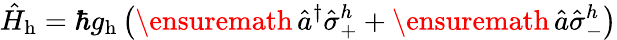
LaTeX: \hat{H}_{\mathrm{h}}=\hbar g_{\mathrm{h}}\left(\ensuremath{{\, \hat{a}^{\dagger}}}\hat{\sigma}_{+}^{h}+\ensuremath{\, \hat{a}}\hat{\sigma}_{-}^{h}\right)